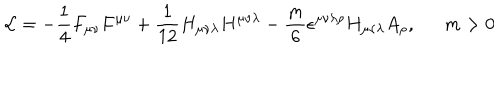
LaTeX: { \cal L } = - \frac { 1 } { 4 } F _ { \mu \nu } F ^ { \mu \nu } + \frac { 1 } { 1 2 } H _ { \mu \nu \lambda } H ^ { \mu \nu \lambda } - \frac { m } { 6 } \epsilon ^ { \mu \nu \lambda \rho } H _ { \mu \nu \lambda } A _ { \rho } , m > 0